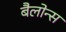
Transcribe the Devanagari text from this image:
बैलोन्स